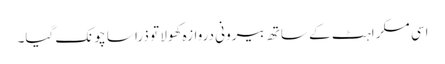
اسی مسکراہٹ کے ساتھ بیرونی دروازہ کھولا تو ذرا سا چونک گیا۔